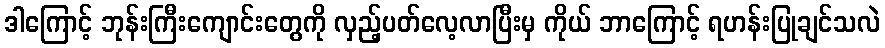
ဒါကြောင့် ဘုန်းကြီးကျောင်းတွေကို လှည့်ပတ်လေ့လာပြီးမှ ကိုယ် ဘာကြောင့် ရဟန်းပြုချင်သလဲ